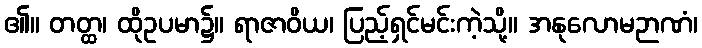
၏။ တတ္ထ၊ ထိုဥပမာ၌။ ရာဇာဝိယ၊ ပြည့်ရှင်မင်းကဲ့သို့။ အနုလောမဉာဏံ၊